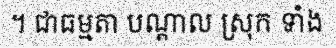
។ ជាធម្មតា បណ្តាល ស្រុក ទាំង